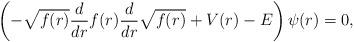
LaTeX: \begin{align*} \left(- \sqrt{f(r)} \frac{d}{dr} f(r) \frac{d}{dr} \sqrt{f(r)} + V(r) - E\right) \psi(r)=0, \end{align*}